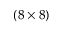
( 8 \times 8 )